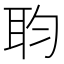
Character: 𮶏